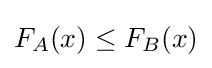
F_{A}(x)\leq F_{B}(x)